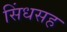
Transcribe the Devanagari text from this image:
सिंधसह